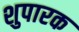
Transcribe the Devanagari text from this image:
शुपारक